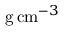
\mathrm { g \, c m } ^ { - 3 }